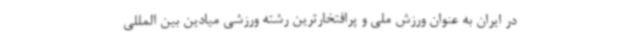
در ایران به عنوان ورزش ملی و پرافتخارترین رشته ورزشی میادین بین المللی